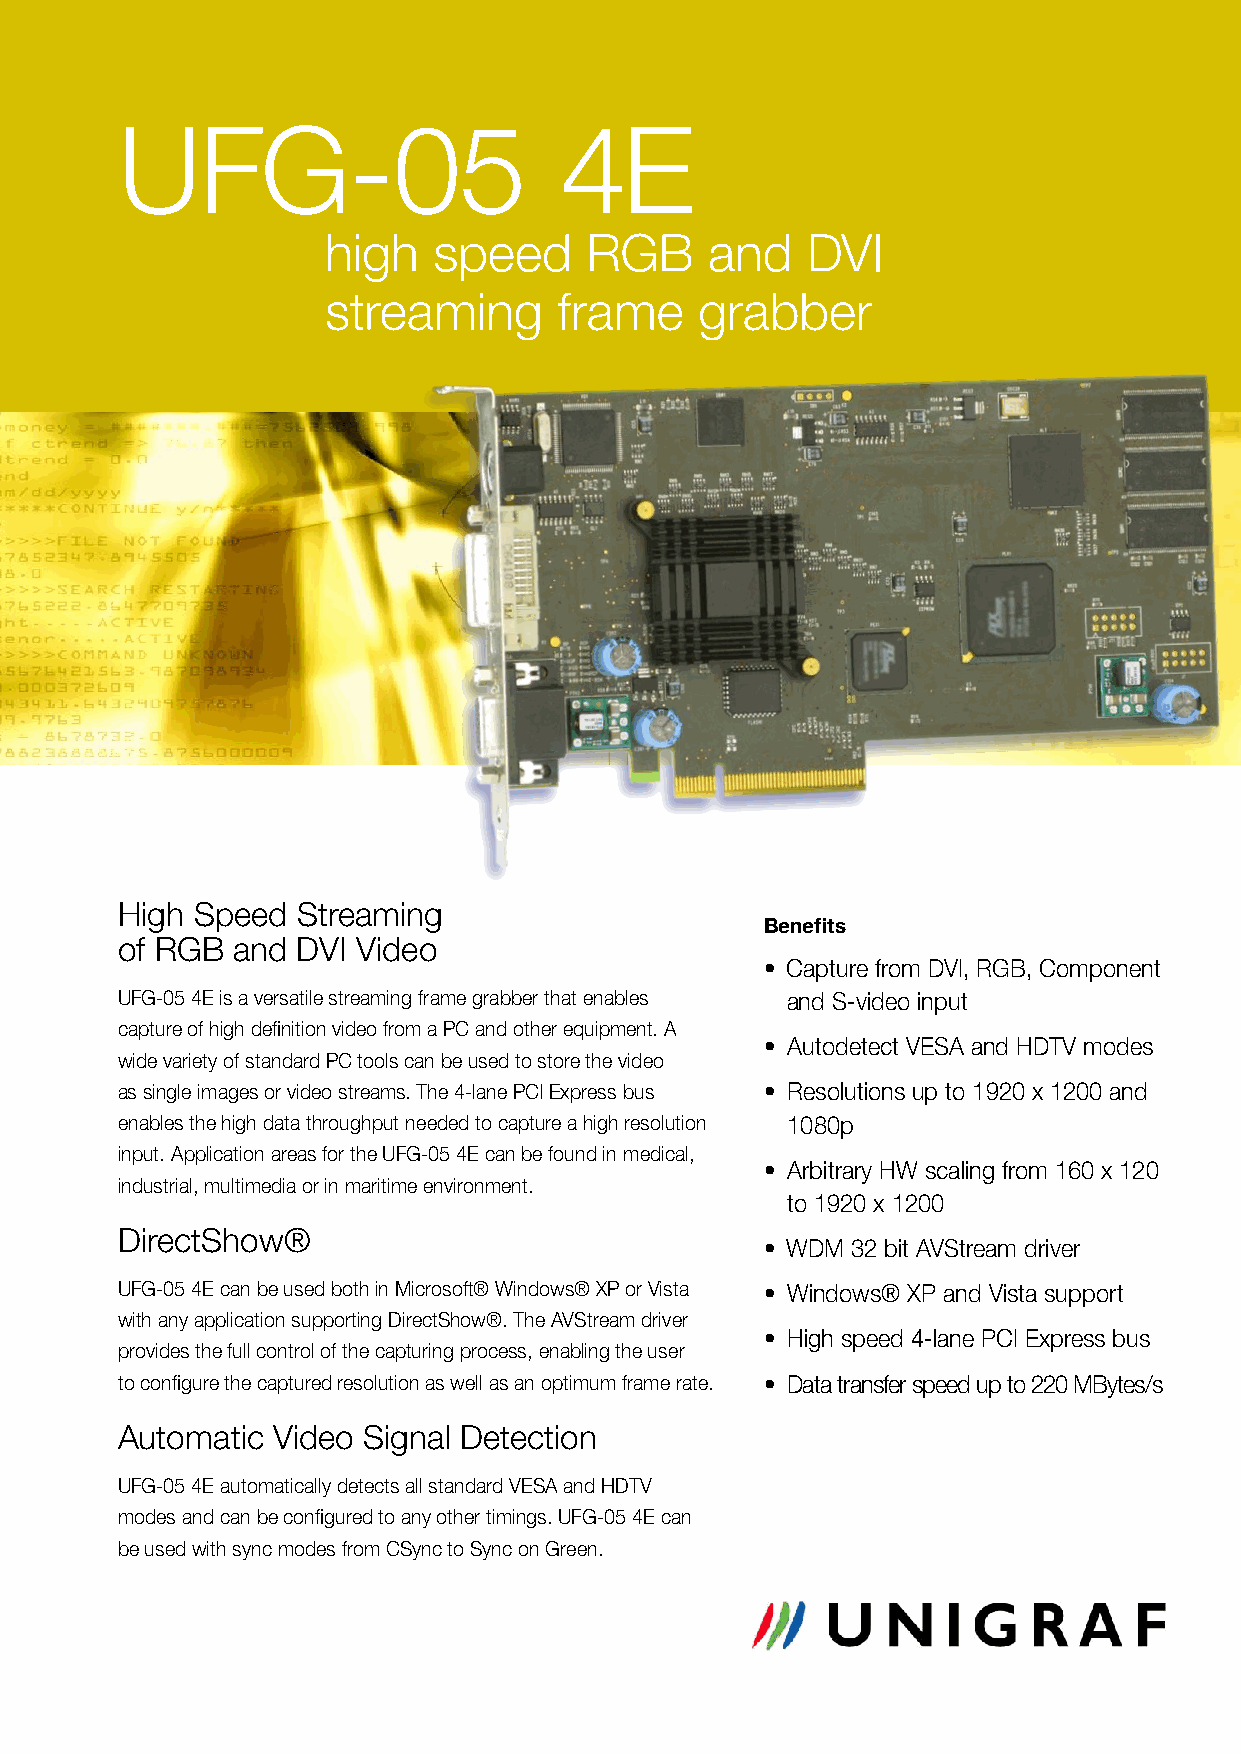
UFG-05                       4E
 high   speed     RGB     and   DVI
 streaming      frame    grabber
 High Speed  Streaming
 Benefits
 of RGB and  DVI Video
 • Capture from DVI, RGB, Component
 UFG-05 4E is a versatile streaming frame grabber that enables and S-video input
 capture of high definition video from a PC and other equipment. A
 • Autodetect VESA and HDTV modes
 wide variety of standard PC tools can be used to store the video
 as single images or video streams. The 4-lane PCI Express bus • Resolutions up to 1920 x 1200 and
 enables the high data throughput needed to capture a high resolution 1080p
 input. Application areas for the UFG-05 4E can be found in medical,
 • Arbitrary HW scaling from 160 x 120
 industrial, multimedia or in maritime environment.
 to 1920 x 1200
 DirectShow®
 • WDM 32 bit AVStream driver
 UFG-05 4E can be used both in Microsoft® Windows® XP or Vista • Windows® XP and Vista support
 with any application supporting DirectShow®. The AVStream driver
 • High speed 4-lane PCI Express bus
 provides the full control of the capturing process, enabling the user
 to configure the captured resolution as well as an optimum frame rate. • Data transfer speed up to 220 MBytes/s
 Automatic Video Signal Detection
 UFG-05 4E automatically detects all standard VESA and HDTV
 modes and can be configured to any other timings. UFG-05 4E can
 be used with sync modes from CSync to Sync on Green.